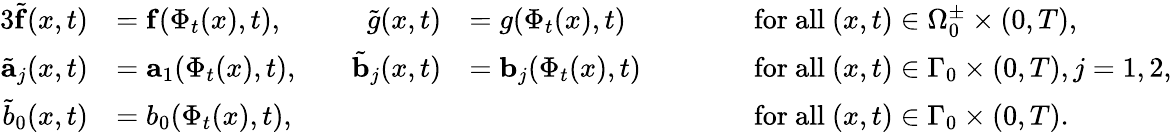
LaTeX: \begin{array}{rlrlrl}{{3}\tilde{\mathbf{f}}(x,t)}&{=\mathbf{f}(\Phi_{t}(x),t),}&{\quad\tilde{g}(x,t)}&{=g(\Phi_{t}(x),t)}&{\qquad}&{\mathrm{for~all~}(x,t)\in\Omega_{0}^{\pm}\times(0,T),}\\ {\tilde{\mathbf{a}}_{j}(x,t)}&{=\mathbf{a}_{1}(\Phi_{t}(x),t),}&{\quad\tilde{\mathbf{b}}_{j}(x,t)}&{=\mathbf{b}_{j}(\Phi_{t}(x),t)}&{\qquad}&{\mathrm{for~all~}(x,t)\in\Gamma_{0}\times(0,T),j=1,2,}\\ {\tilde{b}_{0}(x,t)}&{=b_{0}(\Phi_{t}(x),t),}&&{}&{\qquad}&{\mathrm{for~all~}(x,t)\in\Gamma_{0}\times(0,T).}\end{array}